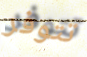
تتوفر